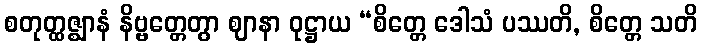
စတုတ္ထဇ္ဈာနံ နိဗ္ဗတ္တေတွာ ဈာနာ ဝုဋ္ဌာယ “စိတ္တေ ဒေါသံ ပဿတိ, စိတ္တေ သတိ